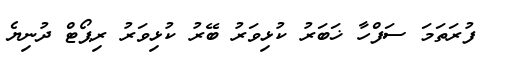
ފުރަތަމަ ސަފްހާ ޚަބަރު ކުޅިވަރު ބޭރު ކުޅިވަރު ރިޕޯޓް ދުނިޔެ